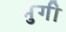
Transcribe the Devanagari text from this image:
भुंगी